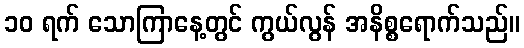
၁၀ ရက် သောကြာနေ့တွင် ကွယ်လွန် အနိစ္စရောက်သည်။